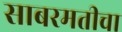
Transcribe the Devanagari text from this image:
साबरमतीचा